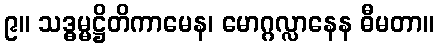
၉။ သဒ္ဓမ္မဋ္ဌိတိကာမေန၊ မောဂ္ဂလ္လာနေန ဓီမတာ။